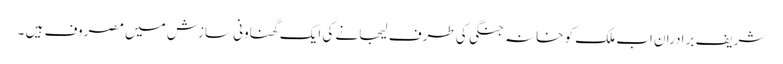
شریف برادران اب ملک کو خانہ جنگی کی طرف لیجانے کی ایک گھناونی سازش میں مصروف ہیں ۔